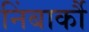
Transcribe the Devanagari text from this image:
निंबार्कौ